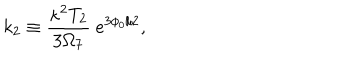
{ k _ { 2 } \equiv { \frac { \kappa ^ { 2 } T _ { 2 } } { 3 \Omega _ { 7 } } } { } ~ e ^ { 3 \phi _ { 0 } / 2 } , }